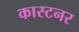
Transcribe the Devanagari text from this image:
कास्टनर